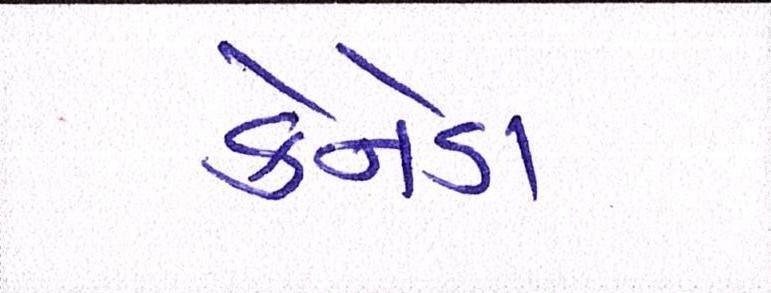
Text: કેનેડા